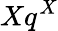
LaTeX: Xq^{X}